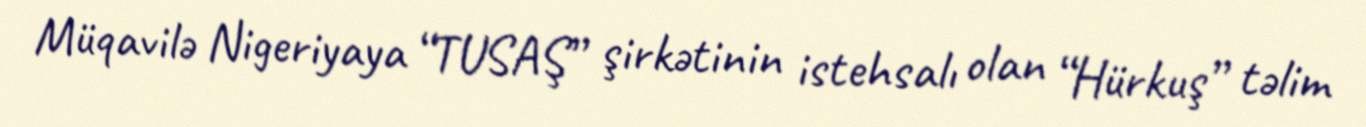
Müqavilə Nigeriyaya “TUSAŞ” şirkətinin istehsalı olan “Hürkuş” təlim